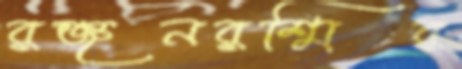
রঞ্জনরশ্মির